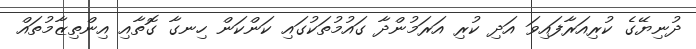
ދުނިޔޭގެ ކުރިއަރާފައިވަ އަދި ކުރި އަރަމުންދާ ގައުމުތަކުގައި ކަންކަން ހިނގާ ގޮތާއި އިންތިޒާމުތައް